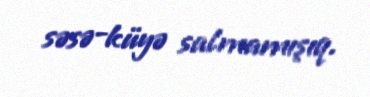
səsə-küyə salmamışıq.